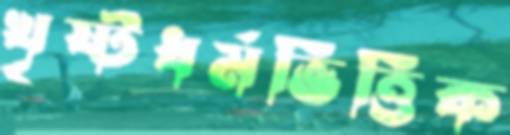
খৃষ্টধর্মভিত্তিক